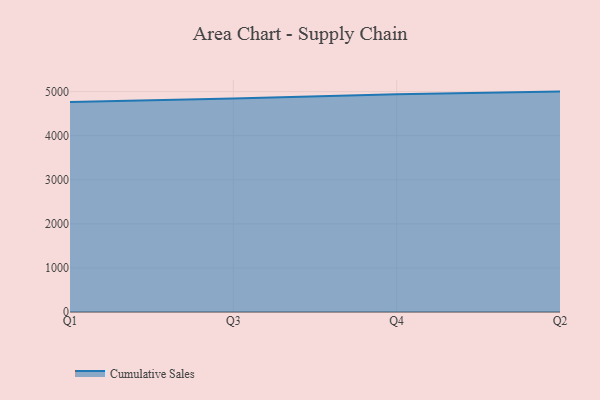
{"axis": {"x": "Quarter", "y": "Energy Usage (MWh)"}, "legend": ["Cumulative Sales"], "data": [{"x": "Q1", "y": 4762.7, "type": "Cumulative Sales"}, {"x": "Q3", "y": 4842.8, "type": "Cumulative Sales"}, {"x": "Q4", "y": 4940.1, "type": "Cumulative Sales"}, {"x": "Q2", "y": 5000, "type": "Cumulative Sales"}]}